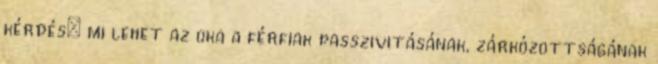
kérdés: mi lehet az oka a férfiak passzivitásának, zárkózottságának